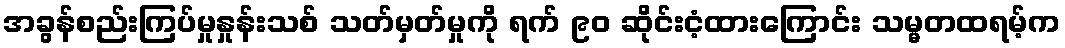
အခွန်စည်းကြပ်မှုနှုန်းသစ် သတ်မှတ်မှုကို ရက် ၉၀ ဆိုင်းငံ့ထားကြောင်း သမ္မတထရမ့်က